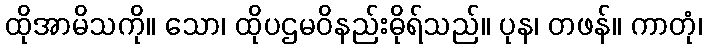
ထိုအာမိသကို။ သော၊ ထိုပဌမဝိနည်းဓိုရ်သည်။ ပုန၊ တဖန်။ ကာတုံ၊